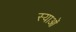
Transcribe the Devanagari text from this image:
स्याओं